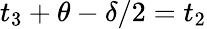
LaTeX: t_{3}+\theta-\delta/2=t_{2}